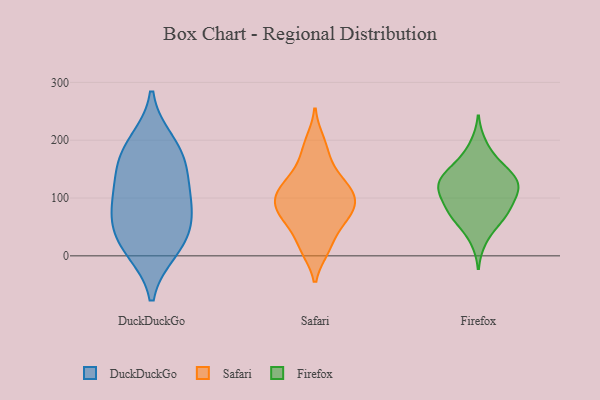
{"axis": {"x": "Temperature (°C)", "y": "Value"}, "legend": ["DuckDuckGo", "Firefox", "Safari"], "data": [{"x": "", "y": 129, "type": "DuckDuckGo"}, {"x": "", "y": 11, "type": "DuckDuckGo"}, {"x": "", "y": 18, "type": "DuckDuckGo"}, {"x": "", "y": 66, "type": "DuckDuckGo"}, {"x": "", "y": 43, "type": "DuckDuckGo"}, {"x": "", "y": 103, "type": "DuckDuckGo"}, {"x": "", "y": 85, "type": "DuckDuckGo"}, {"x": "", "y": 163, "type": "DuckDuckGo"}, {"x": "", "y": 176, "type": "DuckDuckGo"}, {"x": "", "y": 196, "type": "DuckDuckGo"}, {"x": "", "y": 145, "type": "Safari"}, {"x": "", "y": 111, "type": "Safari"}, {"x": "", "y": 50, "type": "Safari"}, {"x": "", "y": 11, "type": "Safari"}, {"x": "", "y": 74, "type": "Safari"}, {"x": "", "y": 58, "type": "Safari"}, {"x": "", "y": 126, "type": "Safari"}, {"x": "", "y": 174, "type": "Safari"}, {"x": "", "y": 82, "type": "Safari"}, {"x": "", "y": 115, "type": "Safari"}, {"x": "", "y": 91, "type": "Safari"}, {"x": "", "y": 199, "type": "Safari"}, {"x": "", "y": 82, "type": "Safari"}, {"x": "", "y": 109, "type": "Safari"}, {"x": "", "y": 13, "type": "Safari"}, {"x": "", "y": 112, "type": "Firefox"}, {"x": "", "y": 128, "type": "Firefox"}, {"x": "", "y": 61, "type": "Firefox"}, {"x": "", "y": 138, "type": "Firefox"}, {"x": "", "y": 27, "type": "Firefox"}, {"x": "", "y": 103, "type": "Firefox"}, {"x": "", "y": 193, "type": "Firefox"}, {"x": "", "y": 66, "type": "Firefox"}, {"x": "", "y": 167, "type": "Firefox"}, {"x": "", "y": 129, "type": "Firefox"}, {"x": "", "y": 83, "type": "Firefox"}, {"x": "", "y": 102, "type": "Firefox"}, {"x": "", "y": 116, "type": "Firefox"}, {"x": "", "y": 124, "type": "Firefox"}, {"x": "", "y": 144, "type": "Firefox"}, {"x": "", "y": 66, "type": "Firefox"}, {"x": "", "y": 152, "type": "Firefox"}, {"x": "", "y": 79, "type": "Firefox"}]}